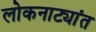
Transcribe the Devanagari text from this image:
लोकनाट्यांत